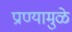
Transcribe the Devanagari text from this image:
प्राण्यामुळे